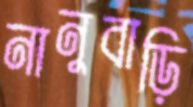
নানুবাড়ি